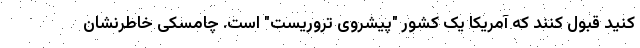
کنید قبول کنند که آمریکا یک کشور "پیشروی تروریست" است. چامسکی خاطرنشان